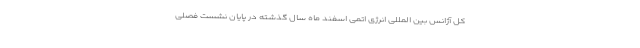
کل آژانس بین المللی انرژی اتمی اسفند ماه سال گذشته در پایان نشست فصلی